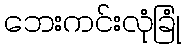
ဘေးကင်းလုံခြုံ